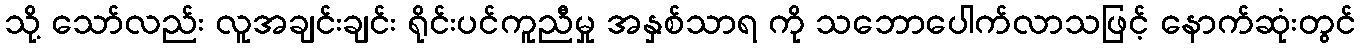
သို့ သော်လည်း လူအချင်းချင်း ရိုင်းပင်ကူညီမှု အနှစ်သာရ ကို သဘောပေါက်လာသဖြင့် နောက်ဆုံးတွင်